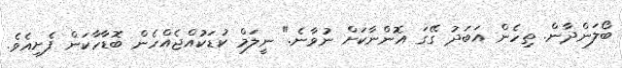
ބޯލަންދާން. ތިހެން އަބަދު ގޭގަ އޮންނާކަށް ނުވާނެ." ނީލަމް ކުޑަކުއްޖެއްހެން ބޮޑާހާކަން ފެށިއެވެ.